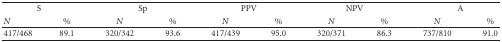
| <COLSPAN=2> S | <COLSPAN=2> Sp | <COLSPAN=2> PPV | <COLSPAN=2> NPV | <COLSPAN=2> A |
 | N | % | N | % | N | % | N | % | N | % |
 | --- | --- | --- | --- | --- | --- | --- | --- | --- | --- |
 | 417/468 | 89.1 | 320/342 | 93.6 | 417/439 | 95.0 | 320/371 | 86.3 | 737/810 | 91.0 |